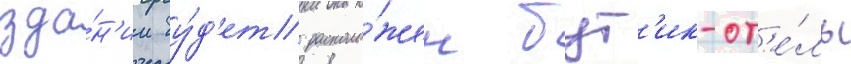
зда́н'ии бу́д'ет располо́жен бут'ик-от'е́ль